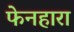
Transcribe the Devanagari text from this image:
फेनहारा